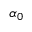
\alpha _ { 0 }